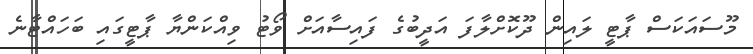
މޫސައަކަސް ޕާޓީ ލައިން ދޫކޮށްލާފަ އަދީބުގެ ފައިސާއަށް ވޯޓު ވިއްކަންޔާ ޕާޓީގައި ބަހައްޓާނެ